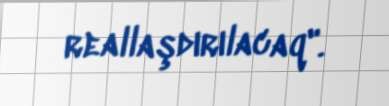
reallaşdırılacaq".